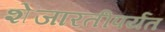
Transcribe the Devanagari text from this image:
शेजारतीपर्यंत